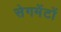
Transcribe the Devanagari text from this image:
सेगमेंटों